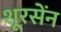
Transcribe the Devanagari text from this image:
शूरसेंन